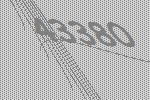
43380